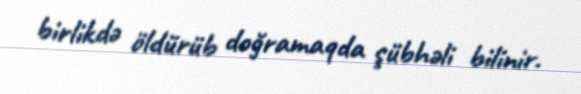
birlikdə öldürüb doğramaqda şübhəli bilinir.